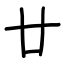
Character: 廿